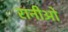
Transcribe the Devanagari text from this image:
रानीओ